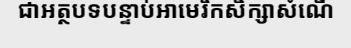
ជាអត្ថបទបន្ទាប់អាមេរិកសិក្សាសំណើ